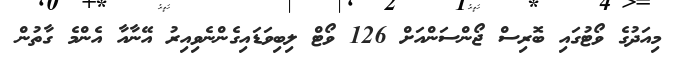
މިއަދުގެ ވޯޓުގައި ބޮރިސް ޖޯންސަންއަށް 126 ވޯޓް ލިބިވަޑައިގެންނެވިއިރު އޭނާއާ އެންމެ ގާތުން